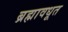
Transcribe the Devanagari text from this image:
ब्रह्मावधूत